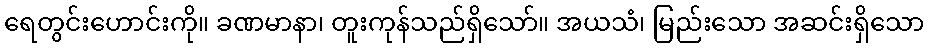
ရေတွင်းဟောင်းကို။ ခဏမာနာ၊ တူးကုန်သည်ရှိသော်။ အယသံ၊ မြည်းသော အဆင်းရှိသော